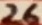
Text: 26